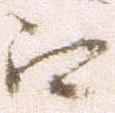
江